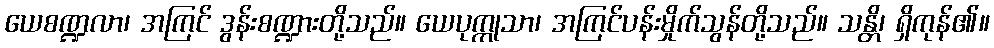
ယေစဏ္ဍလာ၊ အကြင် ဒွန်းစဏ္ဍားတို့သည်။ ယေပုက္ကုသာ၊ အကြင်ပန်းမှိုက်သွန်တို့သည်။ သန္တိ၊ ရှိကုန်၏။